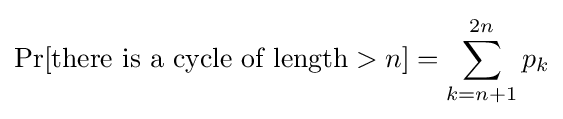
\Pr[{\mbox{there is a cycle of length}}>n]=\sum _{k=n+1}^{2n}p_{k}